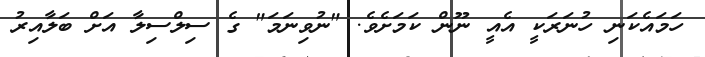
ހަމައެކަނި ހުނަރަކީ އެއީ ނޫން ކަމަށެވެ. "ނުވިނަމަ" ގެ ސިލްސިލާ އަށް ބަލާއިރު